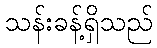
သန်းခန့်ရှိသည်